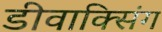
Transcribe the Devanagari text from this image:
डीवाक्सिंग